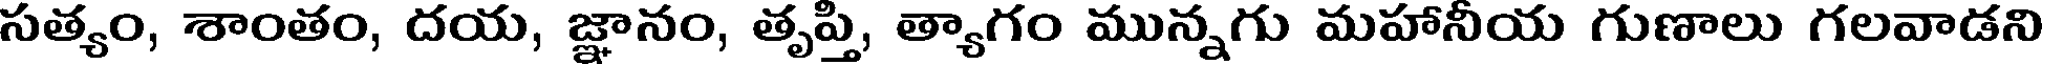
సత్యం, శాంతం, దయ, జ్ఞానం, తృప్తి, త్యాగం మున్నగు మహానీయ గుణాలు గలవాడని